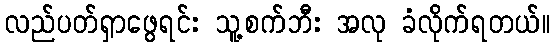
လည်ပတ်ရှာဖွေရင်း သူ့စက်ဘီး အလု ခံလိုက်ရတယ်။